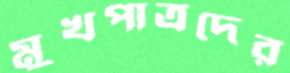
মুখপাত্রদের